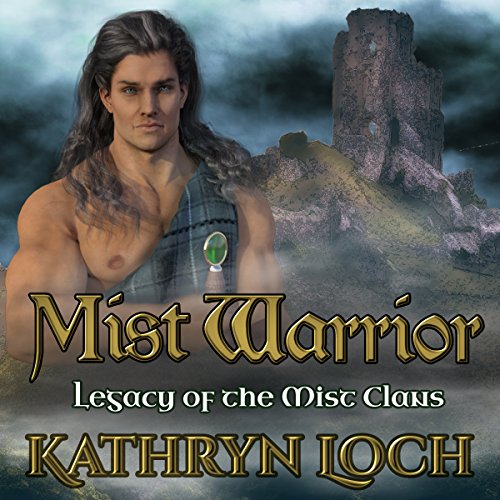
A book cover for Mist Warrior: Legacy of the Mist Clans, Book 1; Kathryn Loch; Romance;